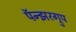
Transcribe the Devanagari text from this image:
पॅन्झरग्रुप